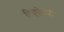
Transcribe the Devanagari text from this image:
हिब्रूऐवजी